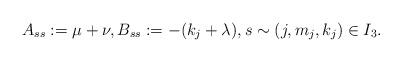
LaTeX: \begin{align*} A_{ss}:= \mu + \nu, B_{ss}:= -(k_j + \lambda ), s\sim (j,m_j,k_j)\in I_3. \end{align*}